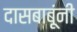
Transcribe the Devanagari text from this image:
दासबाबूंनी